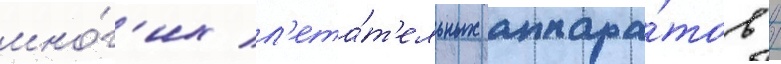
мно́г'их л'ета́т'ельных аппара́тов /